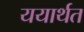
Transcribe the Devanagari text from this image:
ययार्थत